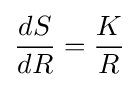
{\frac {dS}{dR}}={\frac {K}{R}}